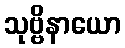
သုဗ္ဗိနာယော